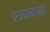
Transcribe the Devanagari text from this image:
प्रजानाथं